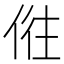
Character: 𠉫